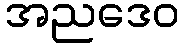
အညဒေဝ